Bombay plague: being a history of the progress of plague in the Bombay presidency from September 1896 to June 1899
Year: 1896
Disease focus: Plague
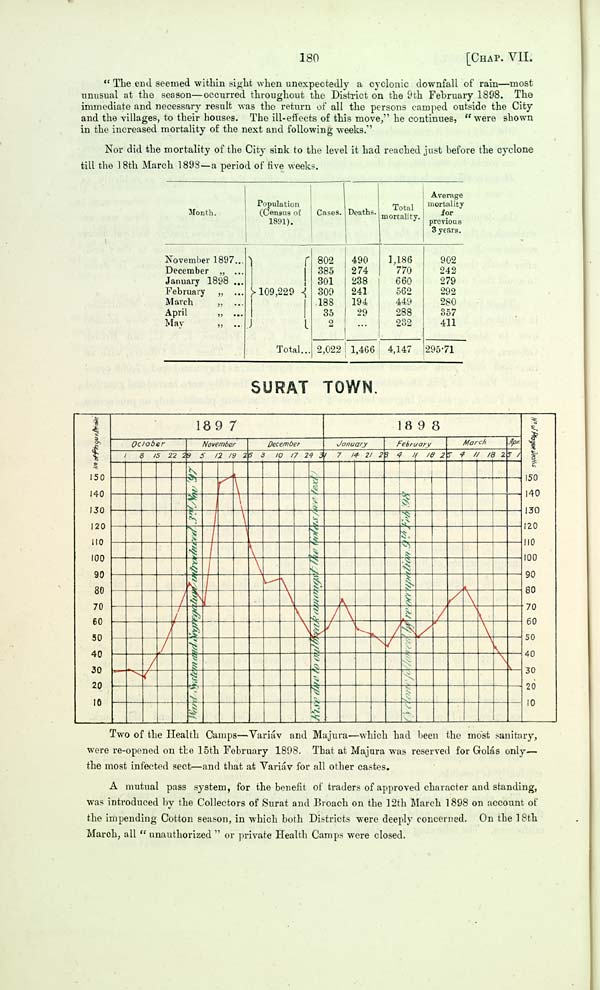
180
[CHAP. VII.
"The end seemed within sight when unexpectedly a cyclonic downfall of rain—most
unusual at the season—occurred throughout the District on the 9th February 1898. The
immediate and necessary result was the return of all the persons camped outside the City
and the villages, to their houses. The ill-effects of this move," he continues, "were shown
in the increased mortality of the next and following weeks."
Nor did the mortality of the City sink to the level it had reached just before the cyclone
till the 18th March 1898—a period of five weeks.
Month.
November 1897
December
"
January
1898
February "
March
"
April
"
May
"
Population
(Census of
1891).
109,229
Total
Cases.
802
385
301
309
188
35
2
2,022
Deaths.
490
274
238
241
194
29
1,466
Total
mortality.
1,186
770
660
562
449
288
232
4,147
Average
mortality
for
previous
3 years.
902
242
279
292
280
357
411
295.71
SURAT TOWN.
Two of the Health Camps—Variáv and Majura—which had been the most sanitary,
were re-opened on the 15th February 1898. That at Majura was reserved for Golás only—
the most infected sect—and that at Variáv for all other castes.
A mutual pass system, for the benefit of traders of approved character and standing,
was introduced by the Collectors of Surat and Broach on the 12th March 1898 on account of
the impending Cotton season, in which both Districts were deeply concerned. On the 18th
March, all "unauthorized" or private Health Camps were closed.